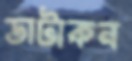
ডাটাকন